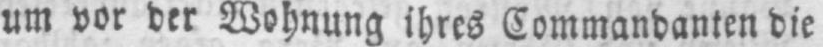
um vor der Wohnung ihres Commandanten die